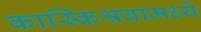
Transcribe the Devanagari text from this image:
कास्किश्रवामध्ये